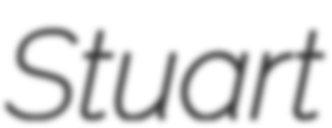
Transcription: Stuart